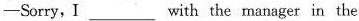
——Sorry, I ___ with the manager in the